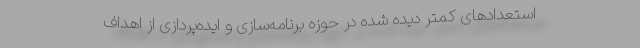
استعدادهای کمتر دیده شده در حوزه برنامه‌سازی و ایده‌پردازی از اهداف